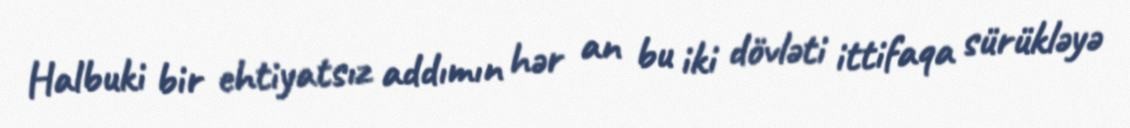
Halbuki bir ehtiyatsız addımın hər an bu iki dövləti ittifaqa sürükləyə